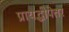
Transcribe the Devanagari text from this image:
प्रायद्धीपेत्तर